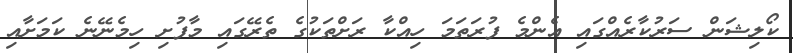
ކޯލިޝަން ސަރުކާރެއްގައި އެންމެ ފުރަތަމަ ހިއްކާ ރަށްތަކުގެ ތެރޭގައި މާފުށި ހިމެނޭނެ ކަމަށާއި